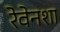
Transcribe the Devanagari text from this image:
रेवेनशा